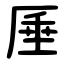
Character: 厜